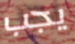
يجب